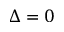
\Delta = 0